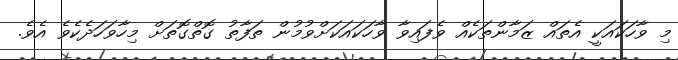
މި ވާހަކައަކީ އެތައް ޒަމާންތަކެއް ވެފައިވާ ވާހަކައަކަށްވުމުން ތަފާތު ގޮތްގޮތަށް މިހާވަހަދެކެވެ އެވެ.